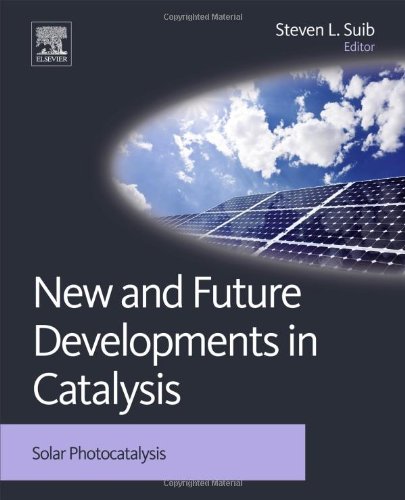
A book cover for New and Future Developments in Catalysis: Solar Photocatalysis; Engineering & Transportation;